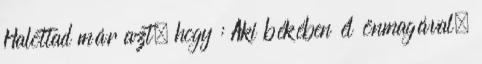
Halottad már azt, hogy : Aki békében él önmagával,